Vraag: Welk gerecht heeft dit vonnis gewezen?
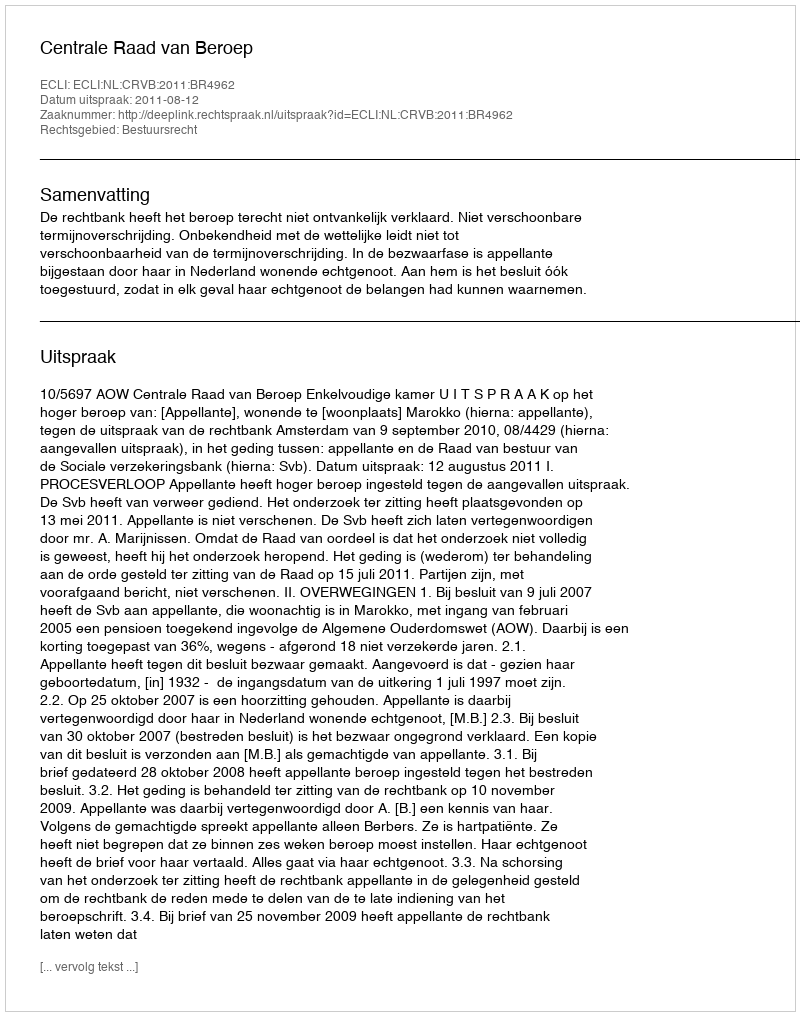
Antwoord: Centrale Raad van Beroep